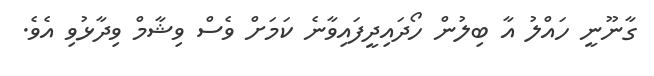
ގާނޫނީ ހައްލު އާ ބިލުން ހޯދައިދީފައިވާނެ ކަމަށް ވެސް ވިޝާމް ވިދާޅުވި އެވެ.